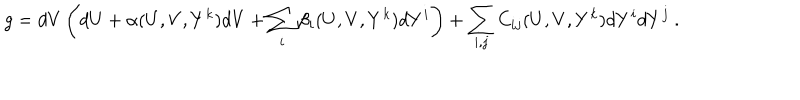
g = d V \left( d U + \alpha ( U , V , Y ^ { k } ) d V + \sum _ { i } \beta _ { i } ( U , V , Y ^ { k } ) d Y ^ { i } \right) + \sum _ { i , j } C _ { i j } ( U , V , Y ^ { k } ) d Y ^ { i } d Y ^ { j } ~ .